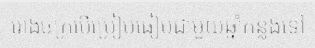
រោងចក្របើប្រៀបធៀបជាមួយឆ្នាំកន្លងទៅ